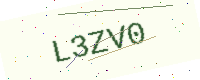
Text: L3ZV0